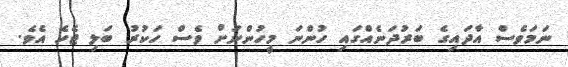
ނަމަވެސް އާދައިގެ ބަރުދަނެއްގައި ހުންނަ މީހުންނަށް ވެސް ހަކުރު ބަލި ޖެހެ އެވެ.